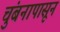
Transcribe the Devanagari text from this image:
चुंबनापासून